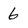
Character: 6